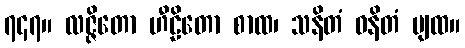
၇၄၇။ လဇ္ဇိတော ဟီဠိတော စာထ၊ သနိတံ ဓနိတံ ပျထ။